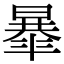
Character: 𣊴